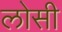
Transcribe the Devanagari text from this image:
लोसी